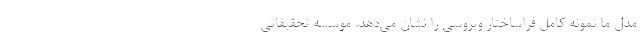
مدل ما نمونه کامل فراساختار ویروسی را نشان می‌دهد. موسسه تحقیقاتی